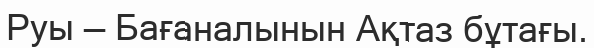
Руы — Бағаналынын Ақтаз бұтағы.